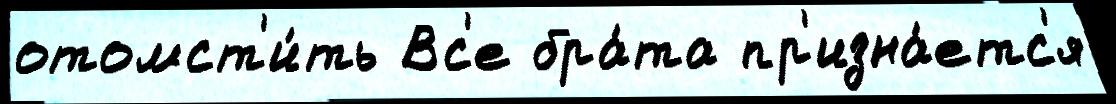
отомст'и́ть Вс'е бра́та пр'изна́етс'я